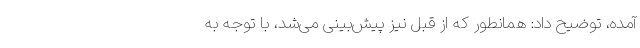
آمده، توضیح داد: همانطور که از قبل نیز پیش‌بینی می‌شد، با توجه به